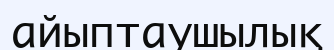
айыптаушылық